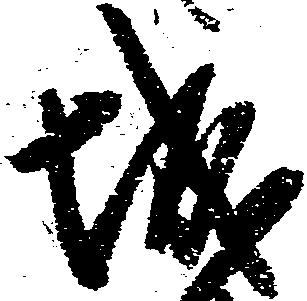
城